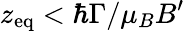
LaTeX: z_{\mathrm{eq}}<\hbar\Gamma/\mu_{B}B^{\prime}